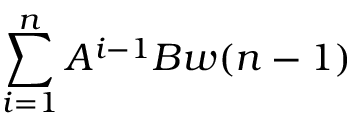
\sum _ { i = 1 } ^ { n } A ^ { i - 1 } B w ( n - 1 )